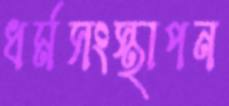
ধর্মসংস্থাপন